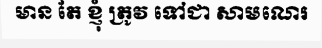
មាន តែ ខ្ញុំ ត្រូវ ទៅជា សាមណេរ